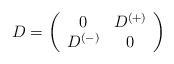
LaTeX: \begin{align*}D =\left(\begin{array}{cc}0&D^{(+)}\\D^{(-)}&0\end{array}\right)\end{align*}